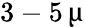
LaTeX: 3-5\, \upmu